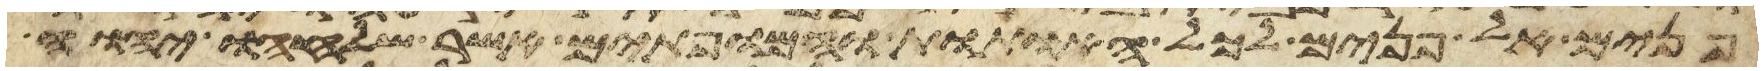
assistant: פנים אל פנים לכל האתות והמופתים אשר שלחו יהוה